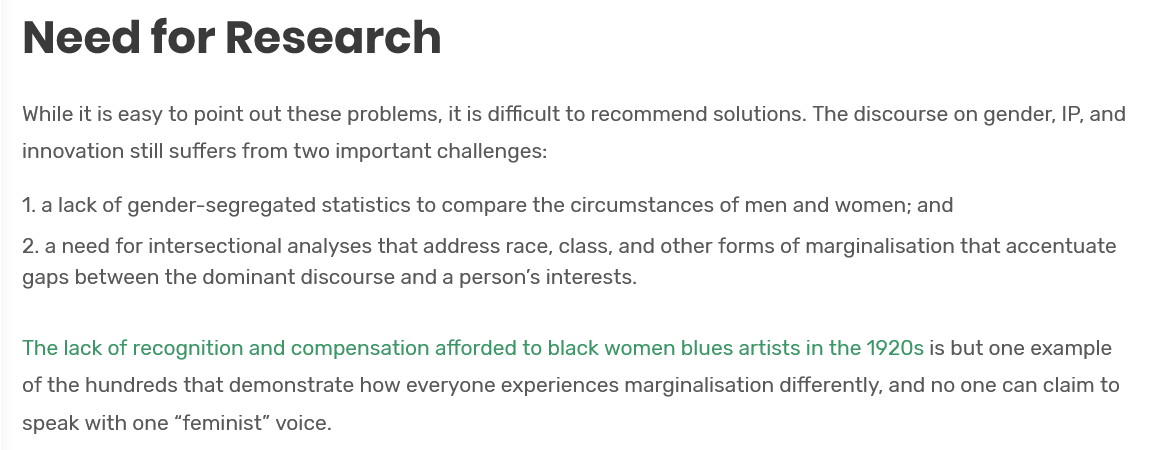
Need    for    Research
   While it is easy to point out these problems, it is difficult to recommend solutions. The discourse on gender, IP, and
   innovation still suffers from two important challenges:
   1. a lack of gender-segregated statistics to compare the circumstances of men and women; and
   2. a need for intersectional analyses that address race, class, and other forms of marginalisation that accentuate
   gaps between the dominant discourse and a person’s interests.
  The lack of recognition and compensation afforded to black women blues artists in the 1920s is but one example
   of the hundreds that demonstrate how everyone experiences marginalisation differently, and no one can claim to
   speak with one “feminist” voice.